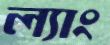
ল্যাং